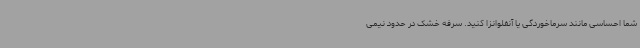
شما احساسی مانند سرماخوردگی یا آنفلوانزا کنید. سرفه خشک در حدود نیمی